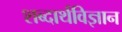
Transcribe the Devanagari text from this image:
शब्दार्थविज्ञान